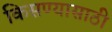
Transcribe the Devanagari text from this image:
किसण्यासाठी